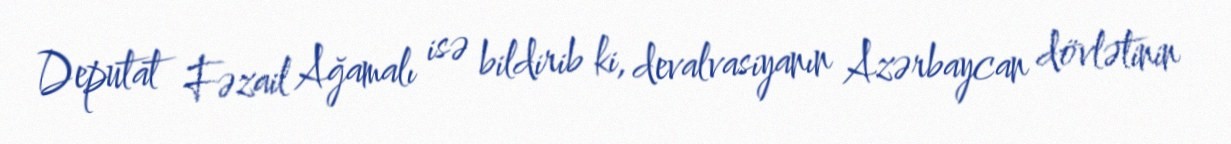
Deputat Fəzail Ağamalı isə bildirib ki, devalvasiyanın Azərbaycan dövlətinin